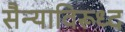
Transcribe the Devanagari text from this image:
सैन्याविरूध्द